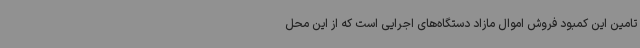
تامین این کمبود فروش اموال مازاد دستگاه‌های اجرایی است که از این محل